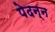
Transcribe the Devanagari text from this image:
पेदन्न